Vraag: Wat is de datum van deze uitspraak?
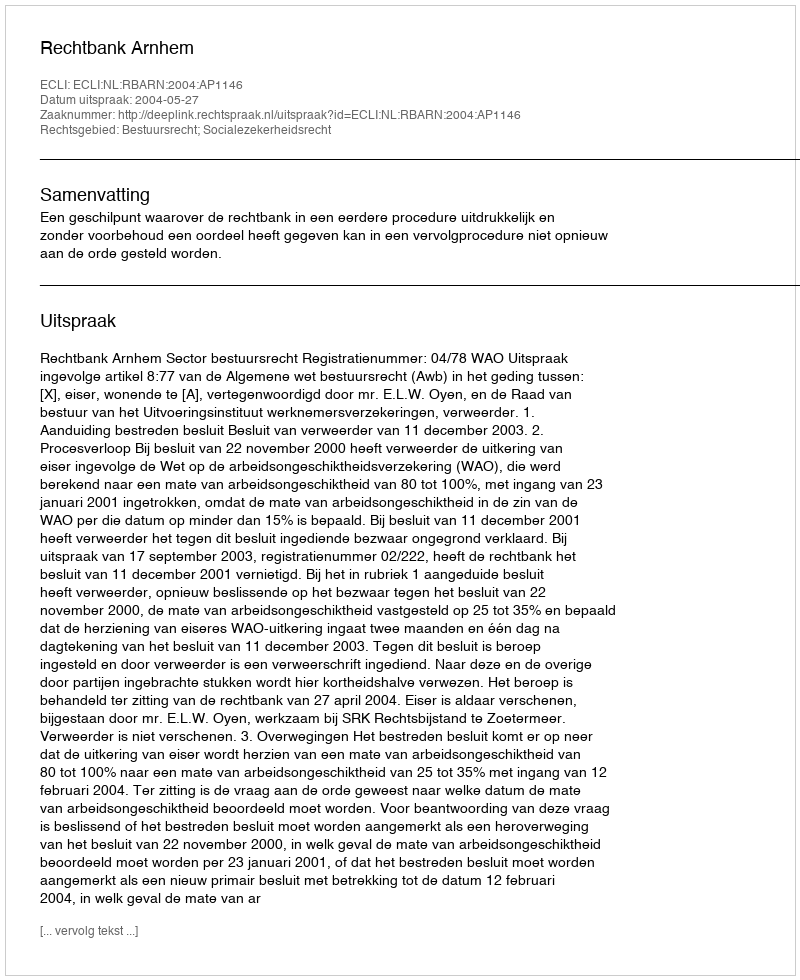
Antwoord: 2004-05-27